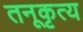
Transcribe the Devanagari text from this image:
तनूकृत्य